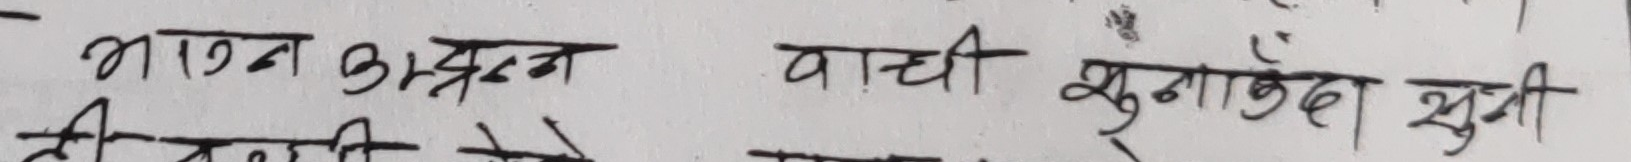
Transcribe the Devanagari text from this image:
भावन अप्रम वाची मुगाकेद शुमी